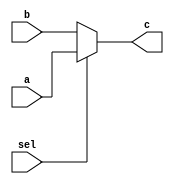
`timescale 1ns / 1ps
//////////////////////////////////////////////////////////////////////////////////
// Company: 
// Engineer: 
// 
// Design Name: 
// Module Name:    mux222 
// Project Name: 
// Target Devices: 
// Tool versions: 
// Description: 
//
// Dependencies: 
//
// Revision: 
// Revision 0.01 - File Created
// Additional Comments: 
//
//////////////////////////////////////////////////////////////////////////////////
module mux222(
	 input [31:0] a,
    input [31:0] b,
    input sel,
    output [31:0] c
    );
	 assign c = (sel)?a:b;
    


endmodule